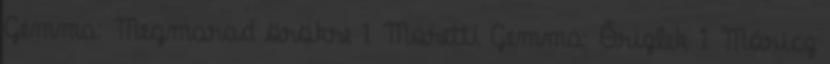
Gemma: Megmarad örökre 1 Moretti Gemma: Őrizlek 1 Móricz